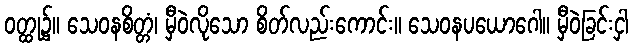
ဝတ္ထု၌။ သေဝနစိတ္တံ၊ မှီဝဲလိုသော စိတ်လည်းကောင်း။ သေဝနပယောဂေါ။ မှီဝဲခြင်းငှါ